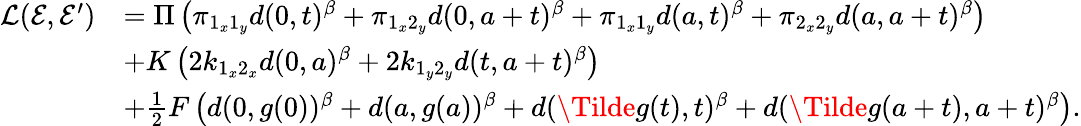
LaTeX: \begin{array}{rl}{\mathcal{L}(\mathcal{E},\mathcal{E}^{\prime})}&{=\Pi\left(\pi_{1_{x}1_{y}}d(0,t)^{\beta}+\pi_{1_{x}2_{y}}d(0,a+t)^{\beta}+\pi_{1_{x}1_{y}}d(a,t)^{\beta}+\pi_{2_{x}2_{y}}d(a,a+t)^{\beta}\right)}\\ &{+K\left(2k_{1_{x}2_{x}}d(0,a)^{\beta}+2k_{1_{y}2_{y}}d(t,a+t)^{\beta}\right)}\\ &{+\frac{1}{2}F\left(d(0,g(0))^{\beta}+d(a,g(a))^{\beta}+d(\Tilde{g}(t),t)^{\beta}+d(\Tilde{g}(a+t),a+t)^{\beta}\right).}\end{array}